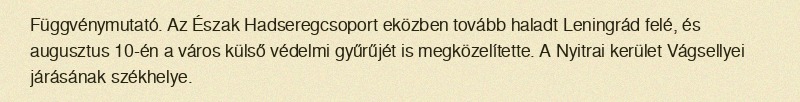
Függvénymutató. Az Észak Hadseregcsoport eközben tovább haladt Leningrád felé, és augusztus 10-én a város külső védelmi gyűrűjét is megközelítette. A Nyitrai kerület Vágsellyei járásának székhelye.